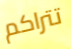
تتراكم